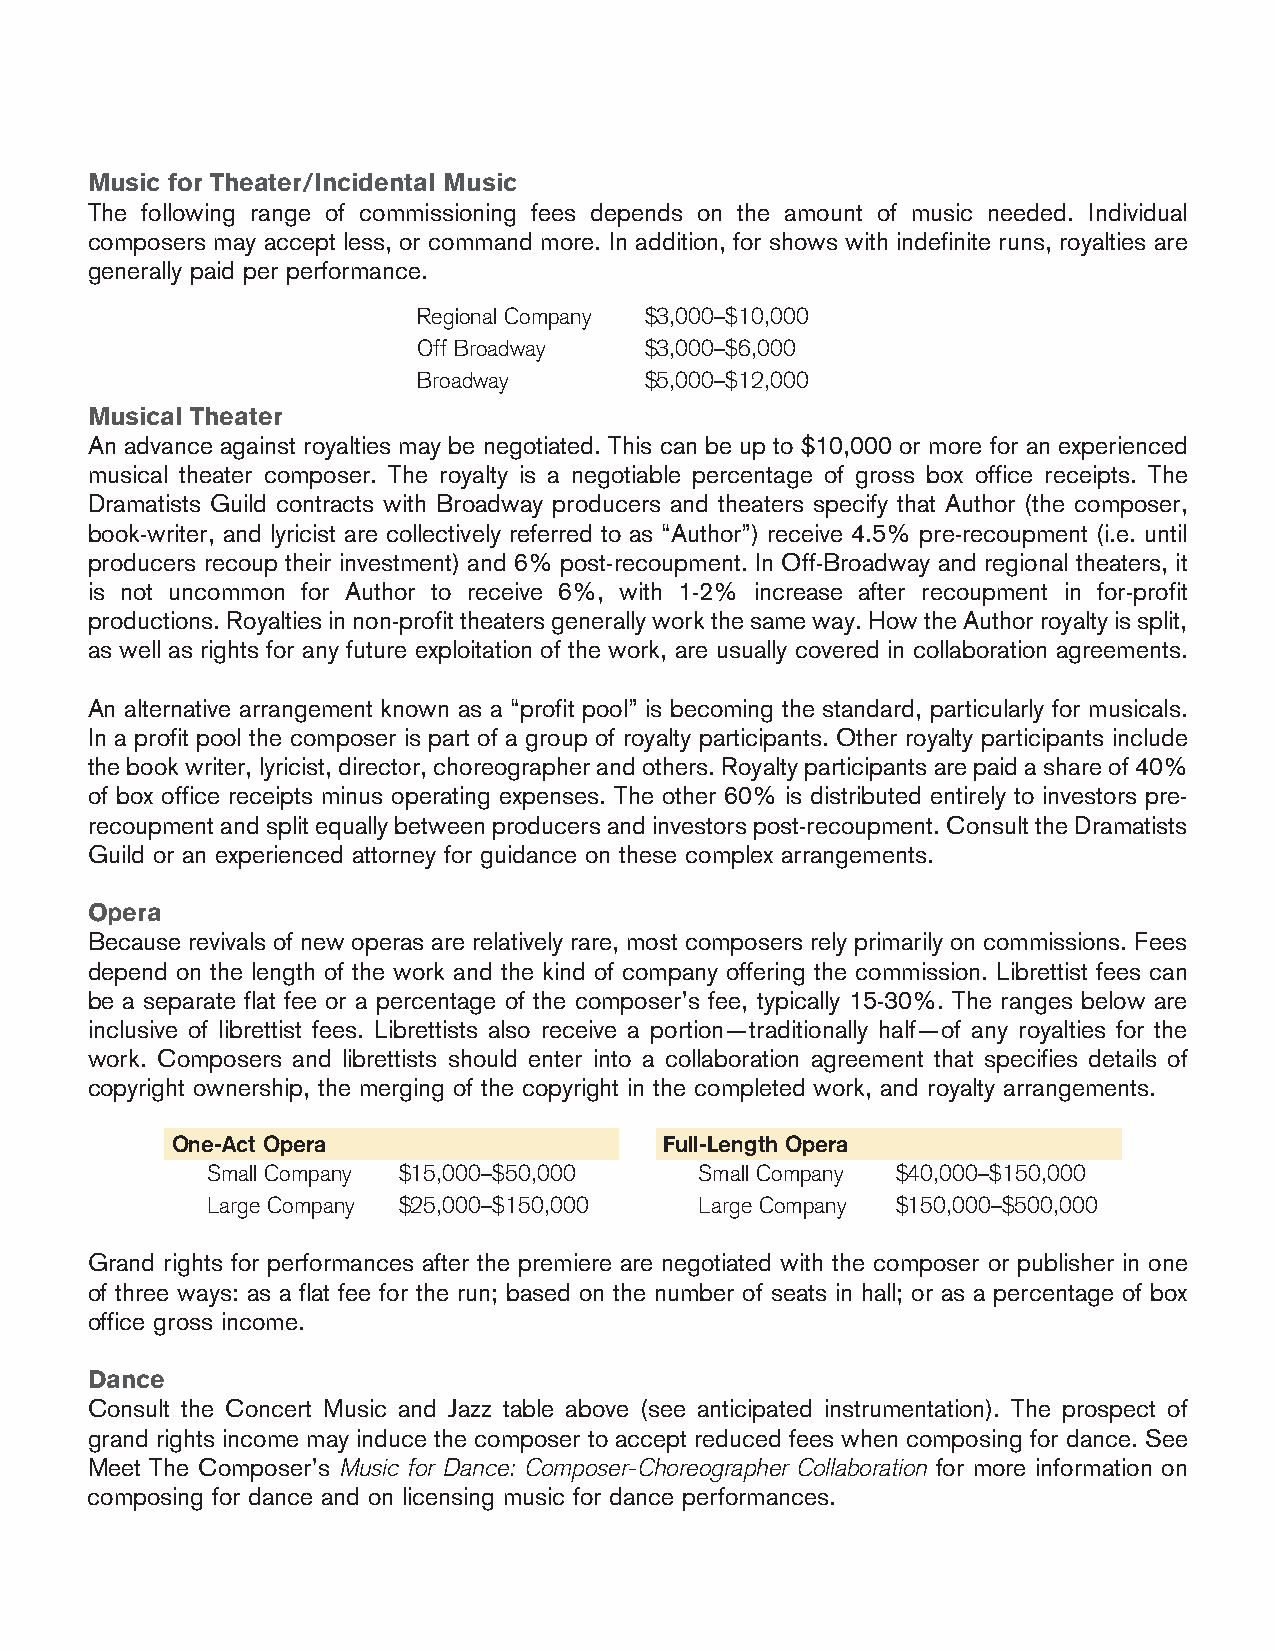
Music for Theater/Incidental Music
 The following range of commissioning fees depends on the amount of music needed. Individual
 composers may accept less, or command more. In addition, for shows with indefinite runs, royalties are
 generally paid per performance.
 Regional Company $3,000–$10,000
 Off Broadway   $3,000–$6,000
 Broadway       $5,000–$12,000
 Musical Theater
 An advance against royalties may be negotiated. This can be up to $10,000 or more for an experienced
 musical theater composer. The royalty is a negotiable percentage of gross box office receipts. The
 Dramatists Guild contracts with Broadway producers and theaters specify that Author (the composer,
 book-writer, and lyricist are collectively referred to as “Author”) receive 4.5% pre-recoupment (i.e. until
 producers recoup their investment) and 6% post-recoupment. In Off-Broadway and regional theaters, it
 is not uncommon for Author to receive 6%, with 1-2% increase after recoupment in for-profit
 productions.Royaltiesinnon-profittheatersgenerallyworkthesameway.HowtheAuthorroyaltyissplit,
 as well as rights for any future exploitation of the work, are usually covered in collaboration agreements.
 An alternative arrangement known as a “profit pool” is becoming the standard, particularly for musicals.
 In a profit pool the composer is part of a group of royalty participants. Other royalty participants include
 thebookwriter,lyricist,director,choreographerandothers.Royaltyparticipantsarepaidashareof40%
 of box office receipts minus operating expenses. The other 60% is distributed entirely to investors pre-
 recoupmentandsplitequallybetweenproducersandinvestorspost-recoupment.ConsulttheDramatists
 Guild or an experienced attorney for guidance on these complex arrangements.
 Opera
 Because revivals of new operas are relatively rare, most composers rely primarily on commissions. Fees
 depend on the length of the work and the kind of company offering the commission. Librettist fees can
 be a separate flat fee or a percentage of the composer’s fee, typically 15-30%. The ranges below are
 inclusive of librettist fees. Librettists also receive a portion—traditionally half—of any royalties for the
 work. Composers and librettists should enter into a collaboration agreement that specifies details of
 copyright ownership, the merging of the copyright in the completed work, and royalty arrangements.
 One-Act Opera                    Full-Length Opera
 Small Company $15,000–$50,000   Small Company $40,000–$150,000
 Large Company $25,000–$150,000  Large Company $150,000–$500,000
 Grand rights for performances after the premiere are negotiated with the composer or publisher in one
 of three ways: as a flat fee for the run; based on the number of seats in hall; or as a percentage of box
 office gross income.
 Dance
 Consult the Concert Music and Jazz table above (see anticipated instrumentation). The prospect of
 grand rights income may induce the composer to accept reduced fees when composing for dance. See
 Meet The Composer’s Music for Dance: Composer-Choreographer Collaboration for more information on
 composing for dance and on licensing music for dance performances.